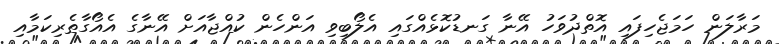
މަރާލަން ހަމަޖެހިފައި އޮތްދުވަހު އޭނާ ގަނޑުކޮޅެއްގައި އެލޯބިވި އަންހެން ކުއްޖާއަށް އޭނާގެ އެއޯގާތެރިކަމާއި